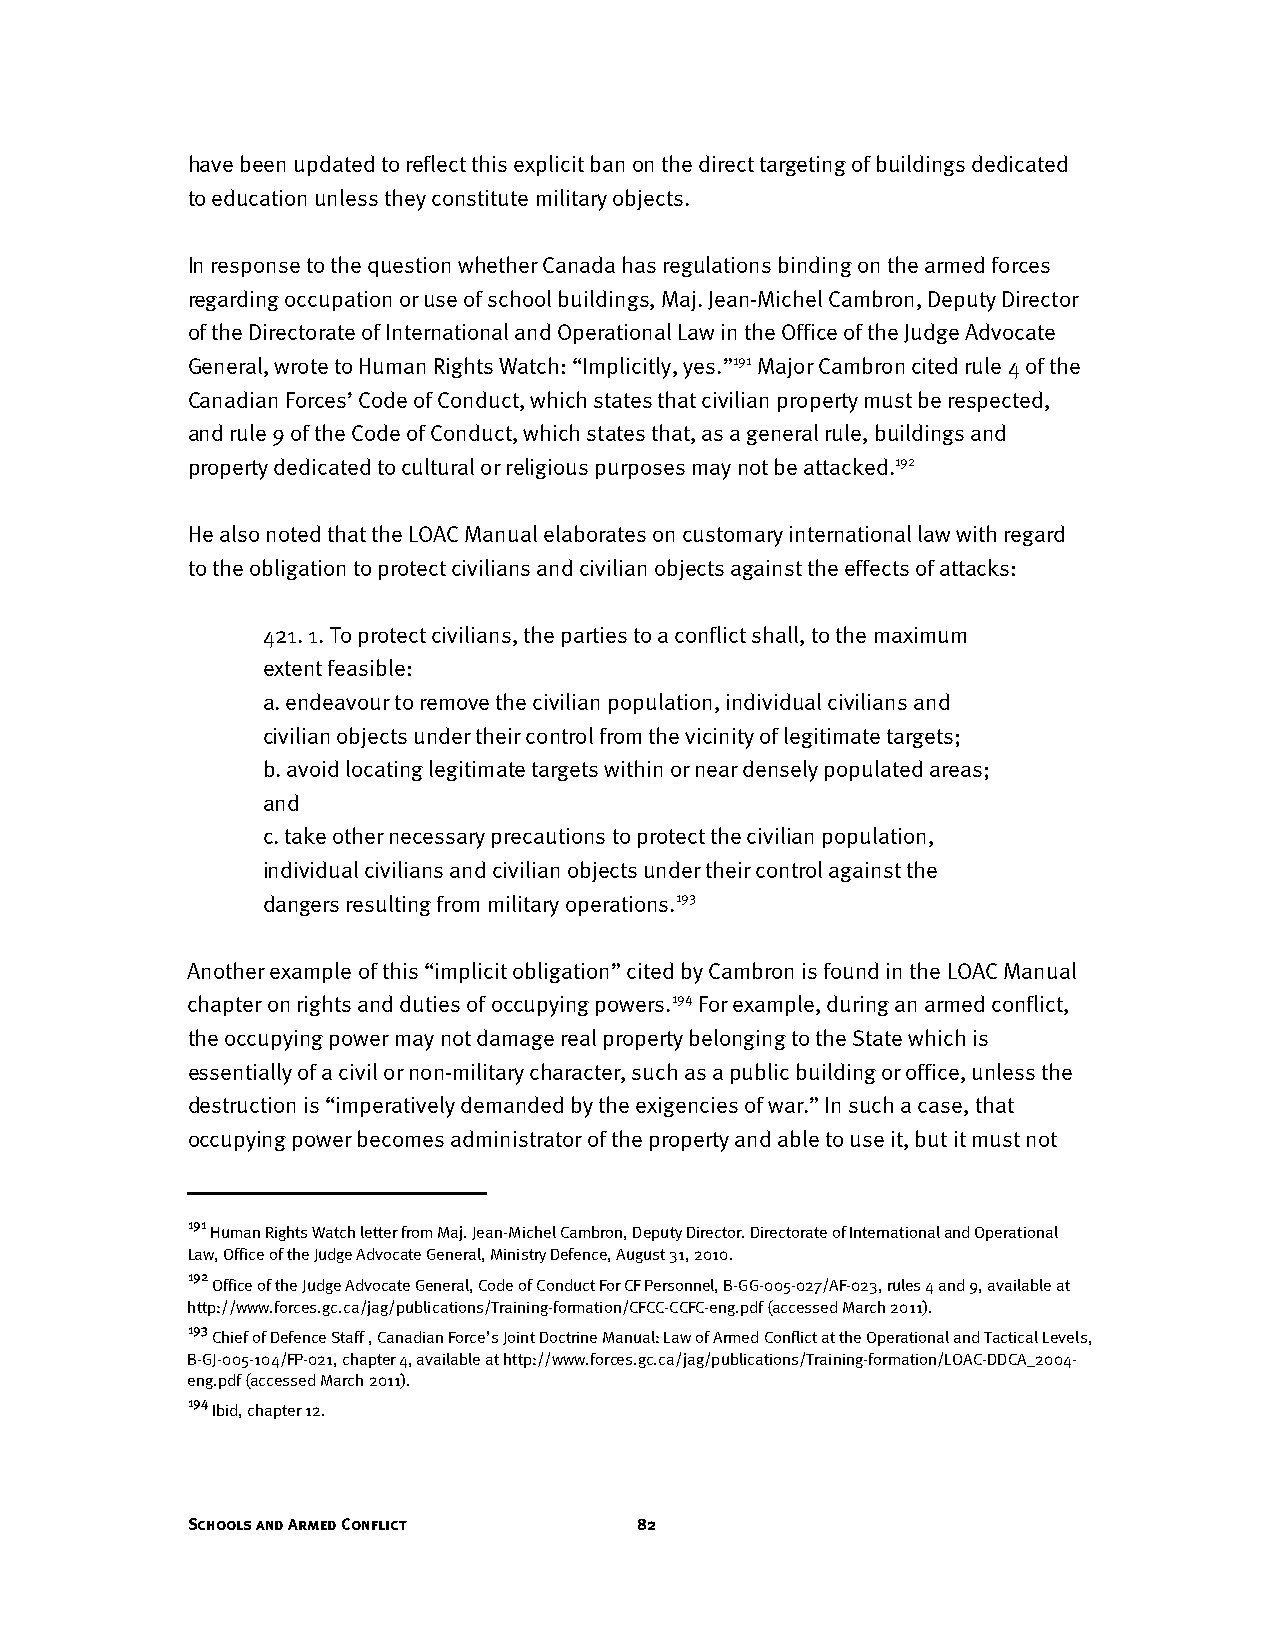
have been updated to reflect this explicit ban on the direct targeting of buildings dedicated
 to education unless they constitute military objects.
 In response to the question whether Canada has regulations binding on the armed forces
 regarding occupation or use of school buildings, Maj. Jean-Michel Cambron, Deputy Director
 of the Directorate of International and Operational Law in the Office of the Judge Advocate
 General, wrote to Human Rights Watch: “Implicitly, yes.”191 Major Cambron cited rule 4 of the
 Canadian Forces’ Code of Conduct, which states that civilian property must be respected,
 and rule 9 of the Code of Conduct, which states that, as a general rule, buildings and
 property dedicated to cultural or religious purposes may not be attacked.192
 He also noted that the LOAC Manual elaborates on customary international law with regard
 to the obligation to protect civilians and civilian objects against the effects of attacks:
 421. 1. To protect civilians, the parties to a conflict shall, to the maximum
 extent feasible:
 a. endeavour to remove the civilian population, individual civilians and
 civilian objects under their control from the vicinity of legitimate targets;
 b. avoid locating legitimate targets within or near densely populated areas;
 and
 c. take other necessary precautions to protect the civilian population,
 individual civilians and civilian objects under their control against the
 dangers resulting from military operations.193
 Another example of this “implicit obligation” cited by Cambron is found in the LOAC Manual
 chapter on rights and duties of occupying powers.194 For example, during an armed conflict,
 the occupying power may not damage real property belonging to the State which is
 essentially of a civil or non-military character, such as a public building or office, unless the
 destruction is “imperatively demanded by the exigencies of war.” In such a case, that
 occupying power becomes administrator of the property and able to use it, but it must not
 191
 Human Rights Watch letter from Maj. Jean-Michel Cambron, Deputy Director. Directorate of International and Operational
 Law, Office of the Judge Advocate General, Ministry Defence, August 31, 2010.
 192
 Office of the Judge Advocate General, Code of Conduct For CF Personnel, B-GG-005-027/AF-023, rules 4 and 9, available at
 http://www.forces.gc.ca/jag/publications/Training-formation/CFCC-CCFC-eng.pdf (accessed March 2011).
 193
 Chief of Defence Staff , Canadian Force’s Joint Doctrine Manual: Law of Armed Conflict at the Operational and Tactical Levels,
 B-GJ-005-104/FP-021, chapter 4, available at http://www.forces.gc.ca/jag/publications/Training-formation/LOAC-DDCA_2004-
 eng.pdf (accessed March 2011).
 194
 Ibid, chapter 12.
 Schools and Armed Conflict    82